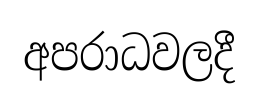
අපරාධවලදී